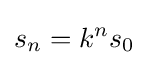
s_{n}=k^{n}s_{0}